Note on the mental hospitals in Burma - 1925-1940
Year: 1925
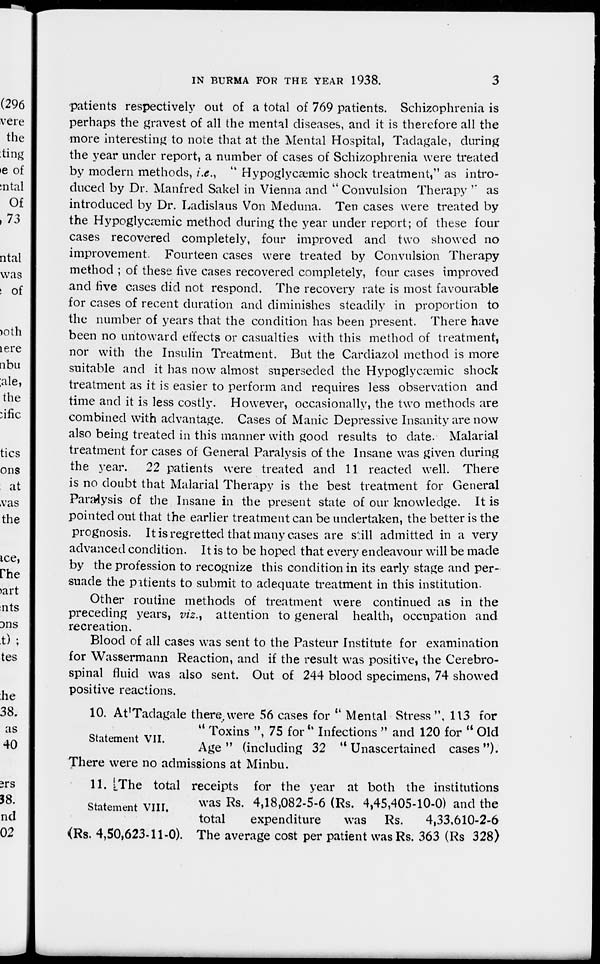
IN BURMA FOR THE YEAR 1938.
3
patients respectively out of a total of 769 patients. Schizophrenia is
perhaps the gravest of all the mental diseases, and it is therefore all the
more interesting to note that at the Mental Hospital, Tadagale, during
the year under report, a number of cases of Schizophrenia were treated
by modern methods, i.e., " Hypoglycæmic shock treatment," as intro-
duced by Dr. Manfred Sakel in Vienna and " Convulsion Therapy " as
introduced by Dr. Ladislaus Von Meduna. Ten cases were treated by
the Hypoglycæmic method during the year under report; of these four
cases recovered completely, four improved and two showed no
improvement. Fourteen cases were treated by Convulsion Therapy
method ; of these five cases recovered completely, four cases improved
and five cases did not respond. The recovery rate is most favourable
for cases of recent duration and diminishes steadily in proportion to
the number of years that the condition has been present. There have
been no untoward effects or casualties with this method of treatment,
nor with the Insulin Treatment. But the Cardiazol method is more
suitable and it has now almost superseded the Hypoglycæmic shock
treatment as it is easier to perform and requires less observation and
time and it is less costly. However, occasionally, the two methods are
combined with advantage. Cases of Manic Depressive Insanity are now
also being treated in this manner with good results to date. Malarial
treatment for cases of General Paralysis of the Insane was given during
the year. 22 patients were treated and 11 reacted well. There
is no doubt that Malarial Therapy is the best treatment for General
Paralysis of the Insane in the present state of our knowledge. It is
pointed out that the earlier treatment can be undertaken, the better is the
prognosis. It is regretted that many cases are still admitted in a very
advanced condition. It is to be hoped that every endeavour will be made
by the profession to recognize this condition in its early stage and per-
suade the patients to submit to adequate treatment in this institution.
Other routine methods of treatment were continued as in the
preceding years, viz., attention to general health, occupation and
recreation.
Blood of all cases was sent to the Pasteur Institute for examination
for Wassermann Reaction, and if the result was positive, the Cerebro-
spinal fluid was also sent. Out of 244 blood specimens, 74 showed
positive reactions.
Statement VII.
10. At Tadagale there, were 56 cases for " Mental Stress ", 113 for
" Toxins ", 75 for " Infections " and 120 for " Old
Age " (including 32 " Unascertained cases").
There were no admissions at Minbu.
Statement VIII.
11. The total receipts for the year at both the institutions
was Rs. 4,18,082-5-6 (Rs. 4,45,405-10-0) and the
total
expenditure
was Rs.
4,33,610-2-6
(Rs. 4,50,623-11-0). The average cost per patient was Rs. 363 (Rs. 328)